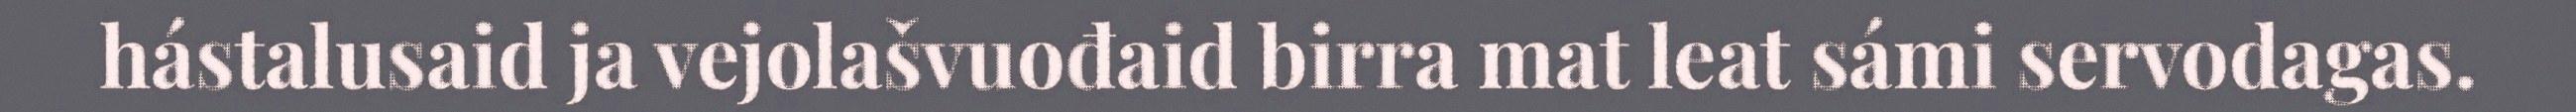
hástalusaid ja vejolašvuođaid birra mat leat sámi servodagas.